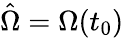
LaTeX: \hat{\Omega}=\Omega(t_{0})